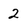
Character: 2